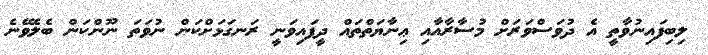
ލިބިފައިނުވާތީ އެ ދުވަސްވަރަށް މުސާރާއާއި ޢިނާޔަތްތައް ދީފައިވަނީ ރަނގަޅަށްކަން ނުވަތަ ނޫންކަން ބެލެވޭނެ